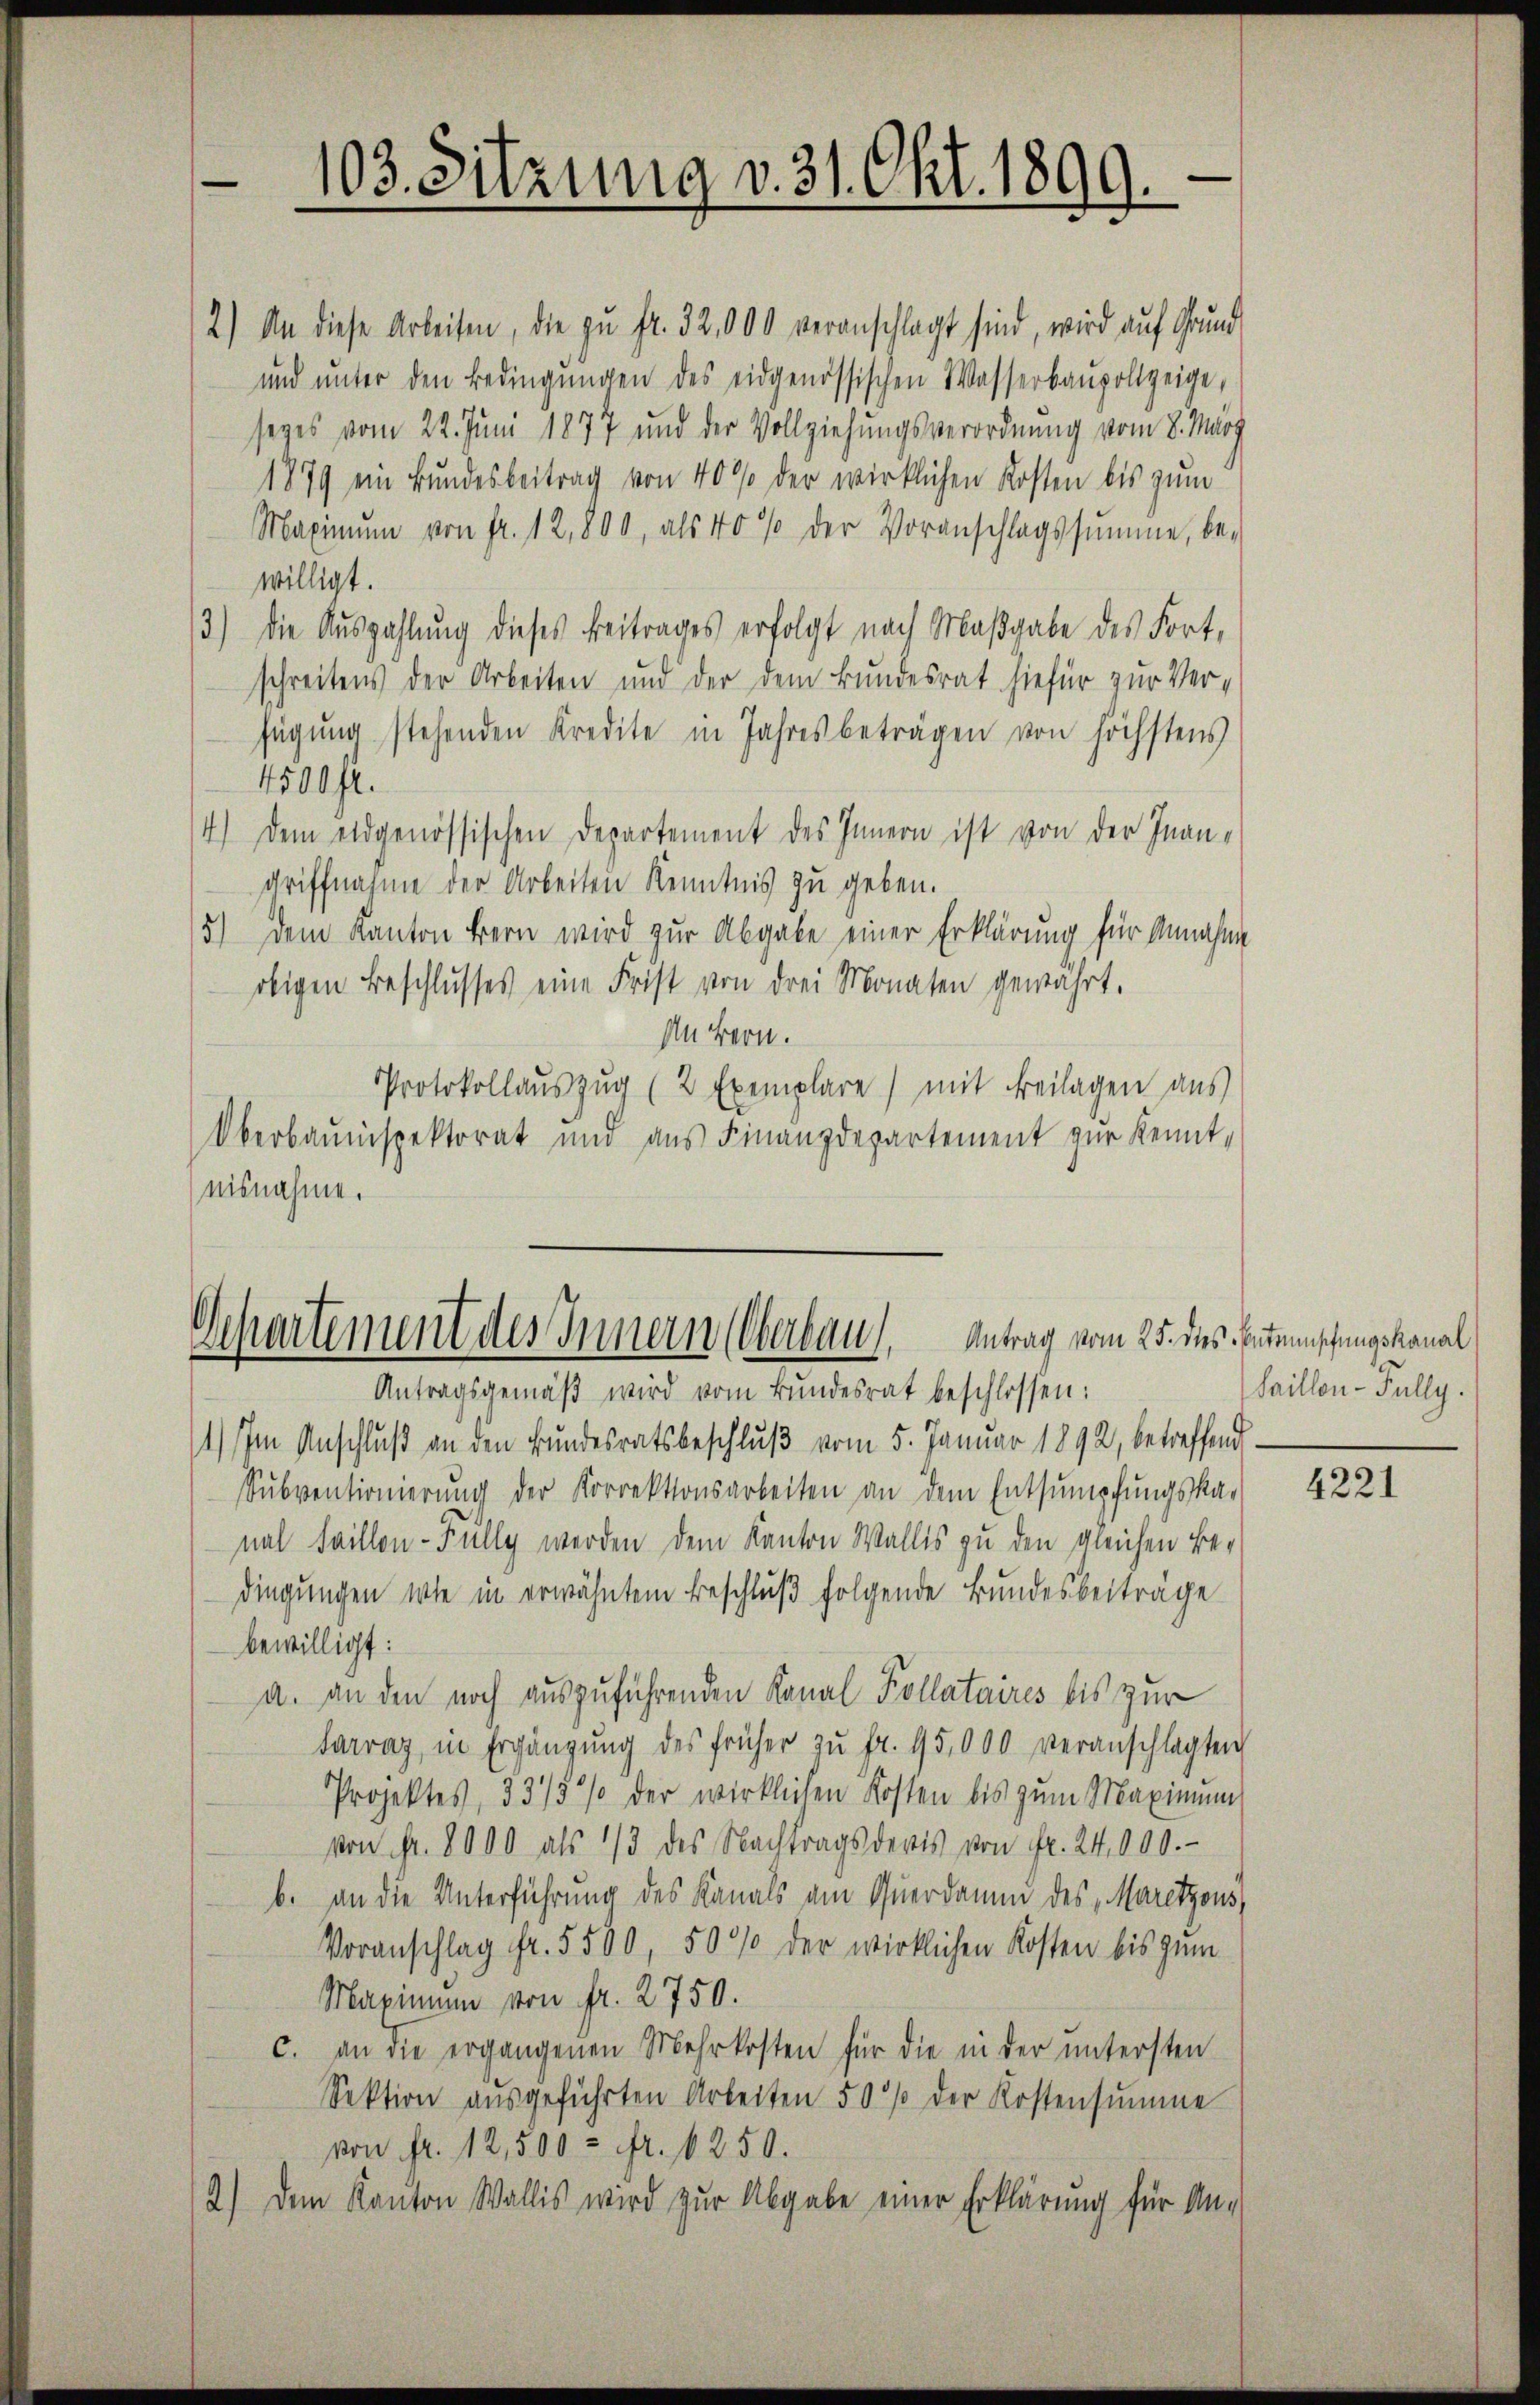
103. Sitzung v. 31. Okt. 1899.

und unter den Bedingungen des eidgenössischen Wasserbaupolizeige,
sezes vom 22. Juni 1877 und der Vollziehungsverordnung vom 8. März
1879 ein Bundesbeitrag von 40% der wirklichen Kosten bis zum
Maximŭm von fr. 12,800, als 40% der Voranschlagssumme, be-
willigt.
3.) Die Auszahlung dieses Beitrages erfolgt nach Maßgabe des Fort,
schreitens der Arbeiten und der dem Bundesrat hiefür zur Verfügung stehenden Kredite in Jahres beträgen von höchstens
4500 fl.
4) Dem eidgenössischen Departement des Innern ist von der Inangriffnahme der Arbeiten Kenntnis zu geben.
5.) Dem Kanton Bern wird zur Abgabe einer Erklärung für Annahme
obigen Beschlusses eine Frist von drei Monaten gewährt.
In Bern.
Protokollaŭszŭg (2 Exemplare) mit Beilagen aus
Oberbauinspektorat und aus Finanzdepartement zur Kenntnisnahme.

Departement des Innern (Oberbau. Antrag vom 25. dies Entschungskanal

2.) An diese Arbeiten, die zu fr. 32,000 veranschlagt sind, wird auf Grund

Antragsgemäβ wird vom Bundesrat beschlossen:
1) Im Anschlŭβ an den Bundesratsbeschlŭβ vom 5. Januar 1892, betreffend
Sŭbventionierŭng der Korrektionsarbeiten an dem Entsumpfungska-
nal Faillon-Fülly werden dem Kanton Wallis zu den gleichen Bedingungen wie in erwähntem Beschluß folgende Bundesbeiträge
bewilligt:
a. an den noch auszuführenden Kanal Kollataires bis zur
farraz, in Ergänzŭng des früher zŭ fr. 95,000 veranschlagten
Projektes, 3315% der wirklichen Kosten bis zum Maximum
von Fr. 8000 als 1/3 des Nachtrags deris von fr. 24,000.-
b. an die Unterführung des Kanals am Querdamm des Maritzons
Voranschlag Fr. 5500, 5000 der wirklichen Kosten bis zum
Maximum von fr. 2750.
c. an die ergangenen Mehrkosten für die in der untersten
Sektion ausgeführten Arbeiten 50 % der Kostensumme
von fr. 12,500 - fr. 250.
2.) Dem Kanton Wallis wird zur Abgabe einer Erklärung für An-

Saillon-Fully.

4221